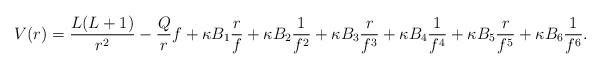
LaTeX: \begin{align*} V(r) = \frac{L(L+1)}{r^2} - \frac{Q}{r} f + \kappa B_1 \frac{r}{f} + \kappa B_2 \frac{1}{f^2} + \kappa B_3 \frac{r}{f^3} + \kappa B_4 \frac{1}{f^4} + \kappa B_5 \frac{r}{f^5} + \kappa B_6 \frac{1}{f^6}. \end{align*}